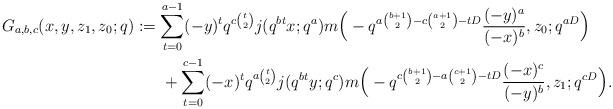
LaTeX: \begin{align*} G_{a,b,c}(x,y,z_1,z_0;q)&:=\sum_{t=0}^{a-1}(-y)^tq^{c\binom{t}{2}}j(q^{bt}x;q^a)m\Big (-q^{a\binom{b+1}{2}-c\binom{a+1}{2}-tD}\frac{(-y)^a}{(-x)^b},z_0;q^{aD}\Big ) \\&\ \ \ \ \ +\sum_{t=0}^{c-1}(-x)^tq^{a\binom{t}{2}}j(q^{bt}y;q^c)m\Big (-q^{c\binom{b+1}{2}-a\binom{c+1}{2}-tD}\frac{(-x)^c}{(-y)^b},z_1;q^{cD}\Big ).\end{align*}